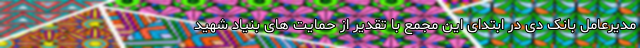
مدیرعامل بانک دی در ابتدای این مجمع با تقدیر از حمایت های بنیاد شهید